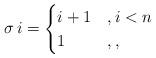
LaTeX: \begin{align*} \sigma \, i = \begin{cases} i+1 & , i<n \\ 1 & , , \end{cases}\end{align*}